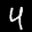
Label: 4